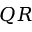
Q R